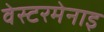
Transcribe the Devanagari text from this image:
वेस्टरमेनाइ